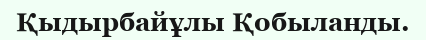
Қыдырбайұлы Қобыланды.